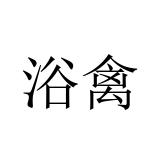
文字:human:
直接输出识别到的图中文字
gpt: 浴禽